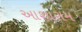
આશારામ